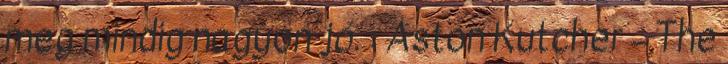
meg mindig nagyon jó. : Aston Kutcher – The